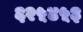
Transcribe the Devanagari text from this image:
६२५४५३